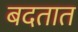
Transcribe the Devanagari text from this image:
बदतात